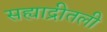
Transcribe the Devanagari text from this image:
सह्याद्रीतली